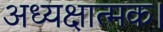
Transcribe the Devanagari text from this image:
अध्यक्षात्मक।